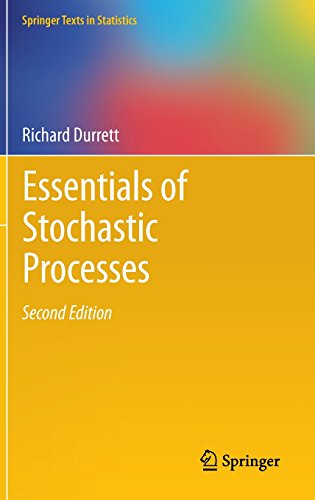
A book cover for Essentials of Stochastic Processes (Springer Texts in Statistics); Richard Durrett; Business & Money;